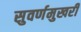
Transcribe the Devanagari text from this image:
सुवर्णमुखरी